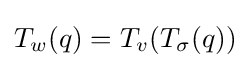
T_{w}(q)=T_{v}(T_{\sigma }(q))